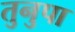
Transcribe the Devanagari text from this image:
तुनुपा